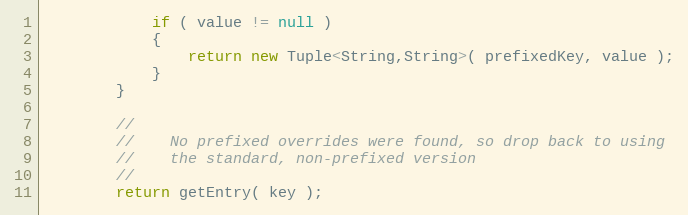
Language: Java
            if ( value != null )
            {
                return new Tuple<String,String>( prefixedKey, value );
            }
        }

        //
        //    No prefixed overrides were found, so drop back to using
        //    the standard, non-prefixed version
        //
        return getEntry( key );